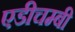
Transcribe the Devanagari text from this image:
एडीचम्बी